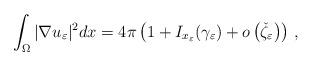
LaTeX: \begin{align*}\int_\Omega |\nabla u_\varepsilon|^2 dx=4\pi\left(1+I_{x_\varepsilon}(\gamma_\varepsilon)+o\left(\check{\zeta}_\varepsilon\right) \right)\,,\end{align*}